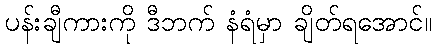
ပန်းချီကားကို ဒီဘက် နံရံမှာ ချိတ်ရအောင်။